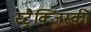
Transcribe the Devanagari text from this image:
स्ट्रैक्जिंस्की